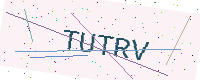
Text: TUTRV